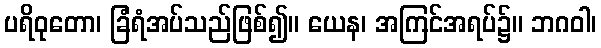
ပရိဝုတော၊ ခြံရံအပ်သည်ဖြစ်၍။ ယေန၊ အကြင်အရပ်၌။ ဘဂဝါ၊